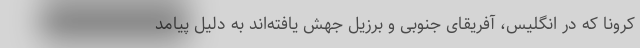
کرونا که در انگلیس، آفریقای جنوبی و برزیل جهش یافته‌اند به دلیل پیامد